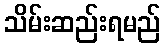
သိမ်းဆည်းရမည်